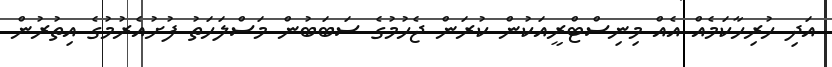
އަދި ހުރިހާކަމެއް އެއް މިނިސްޓްރީއަކުން ކުރަން ޖެހުމުގެ ސަބަބުން މަސްލަހަތު ފުށުއެރުމުގެ އިތުރުން